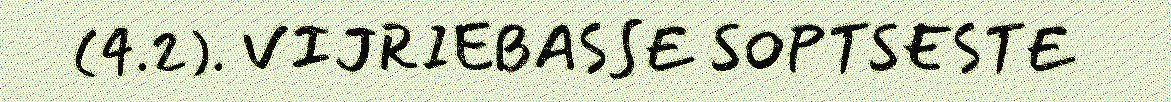
(4.2). VIJRIEBASSE SOPTSESTE